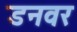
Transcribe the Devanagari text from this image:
डनवर